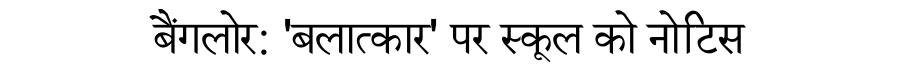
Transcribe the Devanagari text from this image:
बैंगलोर: 'बलात्कार' पर स्कूल को नोटिस